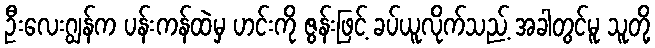
ဦးလေးဂျွန်က ပန်းကန်ထဲမှ ဟင်းကို ဇွန်းဖြင့် ခပ်ယူလိုက်သည့် အခါတွင်မူ သူတို့